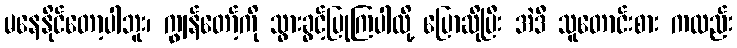
မနေနိုင်တော့ပါဘူး၊ ကျွန်တော့်ကို သွားခွင့်ပြုကြပါလို့ ပြောဆိုပြီး အဲဒီ သူတောင်းစား ကလည်း